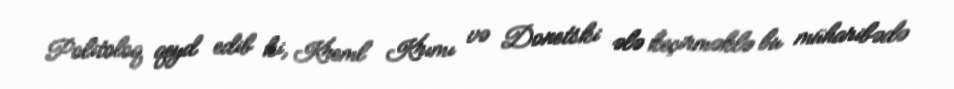
Politoloq qeyd edib ki, Kreml Krımı və Donetski ələ keçirməklə bu müharibədə